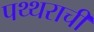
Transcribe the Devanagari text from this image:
पथ्थराची